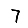
Digit: 7